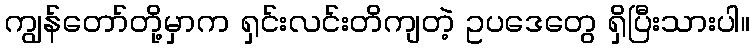
ကျွန်တော်တို့မှာက ရှင်းလင်းတိကျတဲ့ ဥပဒေတွေ ရှိပြီးသားပါ။